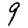
Digit: 9